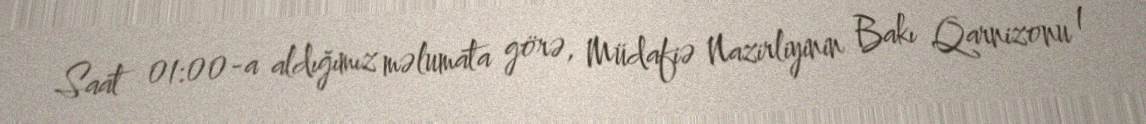
Saat 01:00-a aldığımız məlumata görə, Müdafiə Nazirliyinin Bakı Qarnizonu 1